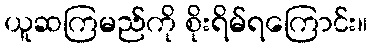
ယူဆကြမည်ကို စိုးရိမ်ရကြောင်း။